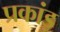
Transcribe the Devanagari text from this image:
प्रकांड़